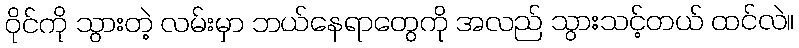
ဝိုင်ကို သွားတဲ့ လမ်းမှာ ဘယ်နေရာတွေကို အလည် သွားသင့်တယ် ထင်လဲ။